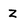
Character: Z